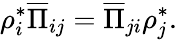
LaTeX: \rho_{i}^{*}\overline{{\Pi}}_{ij}=\overline{{\Pi}}_{ji}\rho_{j}^{*}.